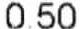
0.50